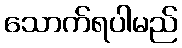
သောက်ရပါမည်